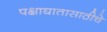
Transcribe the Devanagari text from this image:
पक्षाघातासाठीचे